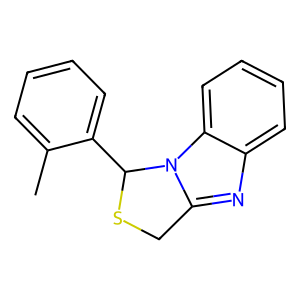
SMILES: Cc1ccccc1C1SCc2nc3ccccc3n21
Inhibits HIV replication: No